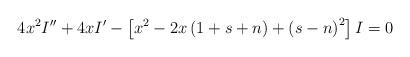
LaTeX: \begin{align*}4x^{2}I^{\prime \prime }+4xI^{\prime }-\left[ x^{2}-2x\left( 1+s+n\right)+\left( s-n\right) ^{2}\right] I=0\, \end{align*}